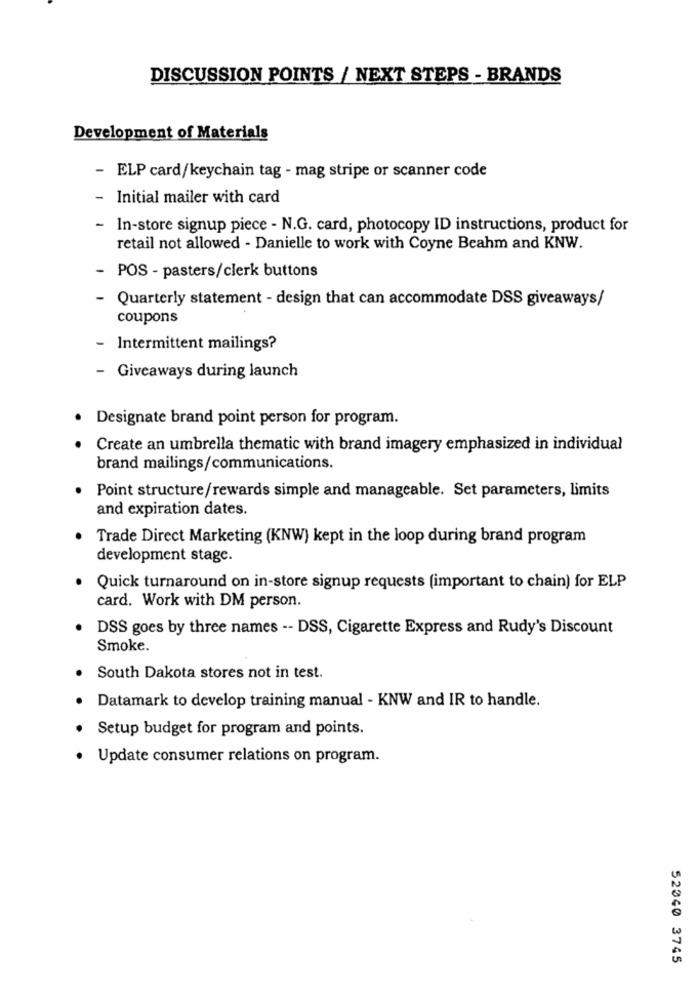
DISCUSSION POINTS / NEXT STEPS - BRANDS
Development of Materials
- ELP card/keychain tag - mag stripe or scanner code
Initial mailer with card
- In-store signup piece - N.G. card, photocopy ID instructions, product for
retail not allowed - Danielle to work with Coyne Beahm and KNW.
- POS - pasters/clerk buttons
- Quarterly statement - design that can accommodate DSS giveaways/
coupons
- Intermittent mailings?
- Giveaways during launch
Designate brand point person for program.
Create an umbrella thematic with brand imagery emphasized in individual
brand mailings/communications.
Point structure/rewards simple and manageable. Set parameters, limits
and expiration dates.
Trade Direct Marketing (KNW) kept in the loop during brand program
development stage.
Quick turnaround on in-store signup requests (important to chain) for ELP
card. Work with DM person.
DSS goes by three names -- DSS, Cigarette Express and Rudy's Discount
Smoke.
South Dakota stores not in test.
Datamark to develop training manual - KNW and IR to handle.
Setup budget for program and points.
Update consumer relations on program.
52040 3745